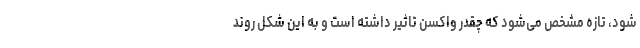
شود، تازه مشخص می‌شود که چقدر واکسن تاثیر داشته است و به این شکل روند